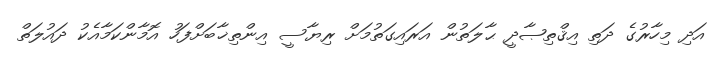
އަދި މިހާރުގެ ދަތި އިޤްތިޞާދީ ޙާލަތުން އަރައިގަތުމަށް ރިޔާސީ އިންތިޚާބަށްފަހު އޮމާންކަމާއެކު ދައުލަތް